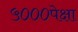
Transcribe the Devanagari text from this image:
५०००पेक्षा